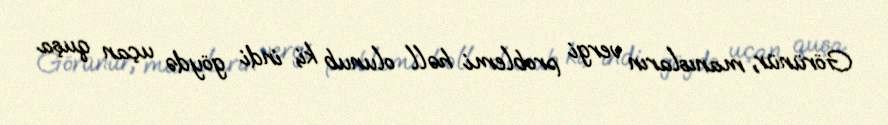
Görünür, manısların vergi problemi həll olunub ki, indi göydə uçan quşa